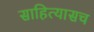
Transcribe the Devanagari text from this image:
साहित्यासच